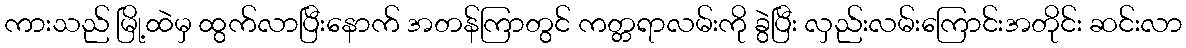
ကားသည် မြို့ထဲမှ ထွက်လာပြီးနောက် အတန်ကြာတွင် ကတ္တရာလမ်းကို ခွဲပြီး လှည်းလမ်းကြောင်းအတိုင်း ဆင်းလာ